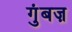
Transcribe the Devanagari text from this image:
गुंबज़